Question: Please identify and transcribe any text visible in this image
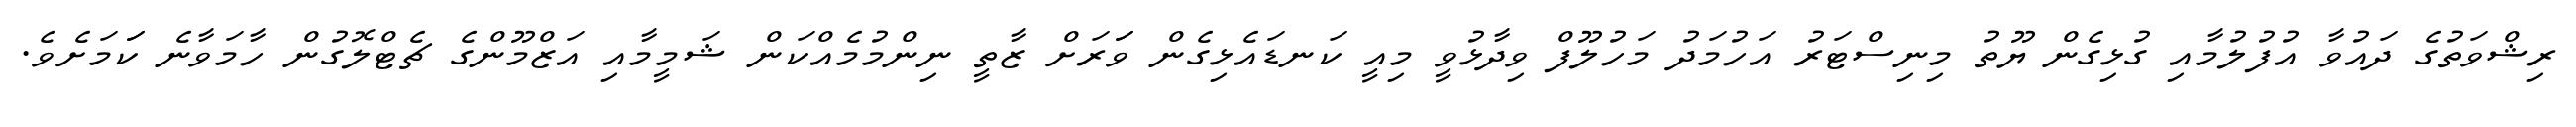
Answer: ރިޝްވަތުގެ ދައުވާ އުފުލުމާއި ގުޅިގެން ޔޫތު މިނިސްޓަރު އަހުމަދު މަހުލޫފް ވިދާޅުވީ މިއީ ކަނޑައެޅިގެން ވަަރަށް ޒާތީ ނިންމުމެއްކަން ޝަމީމާއި އަޒްމޫންގެ ޗެޓްލޮގުން ހާމަވާނެ ކަަމަށެވެ.